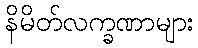
နိမိတ်လက္ခဏာများ